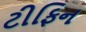
ટીફિન